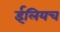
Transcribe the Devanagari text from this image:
ईलियच